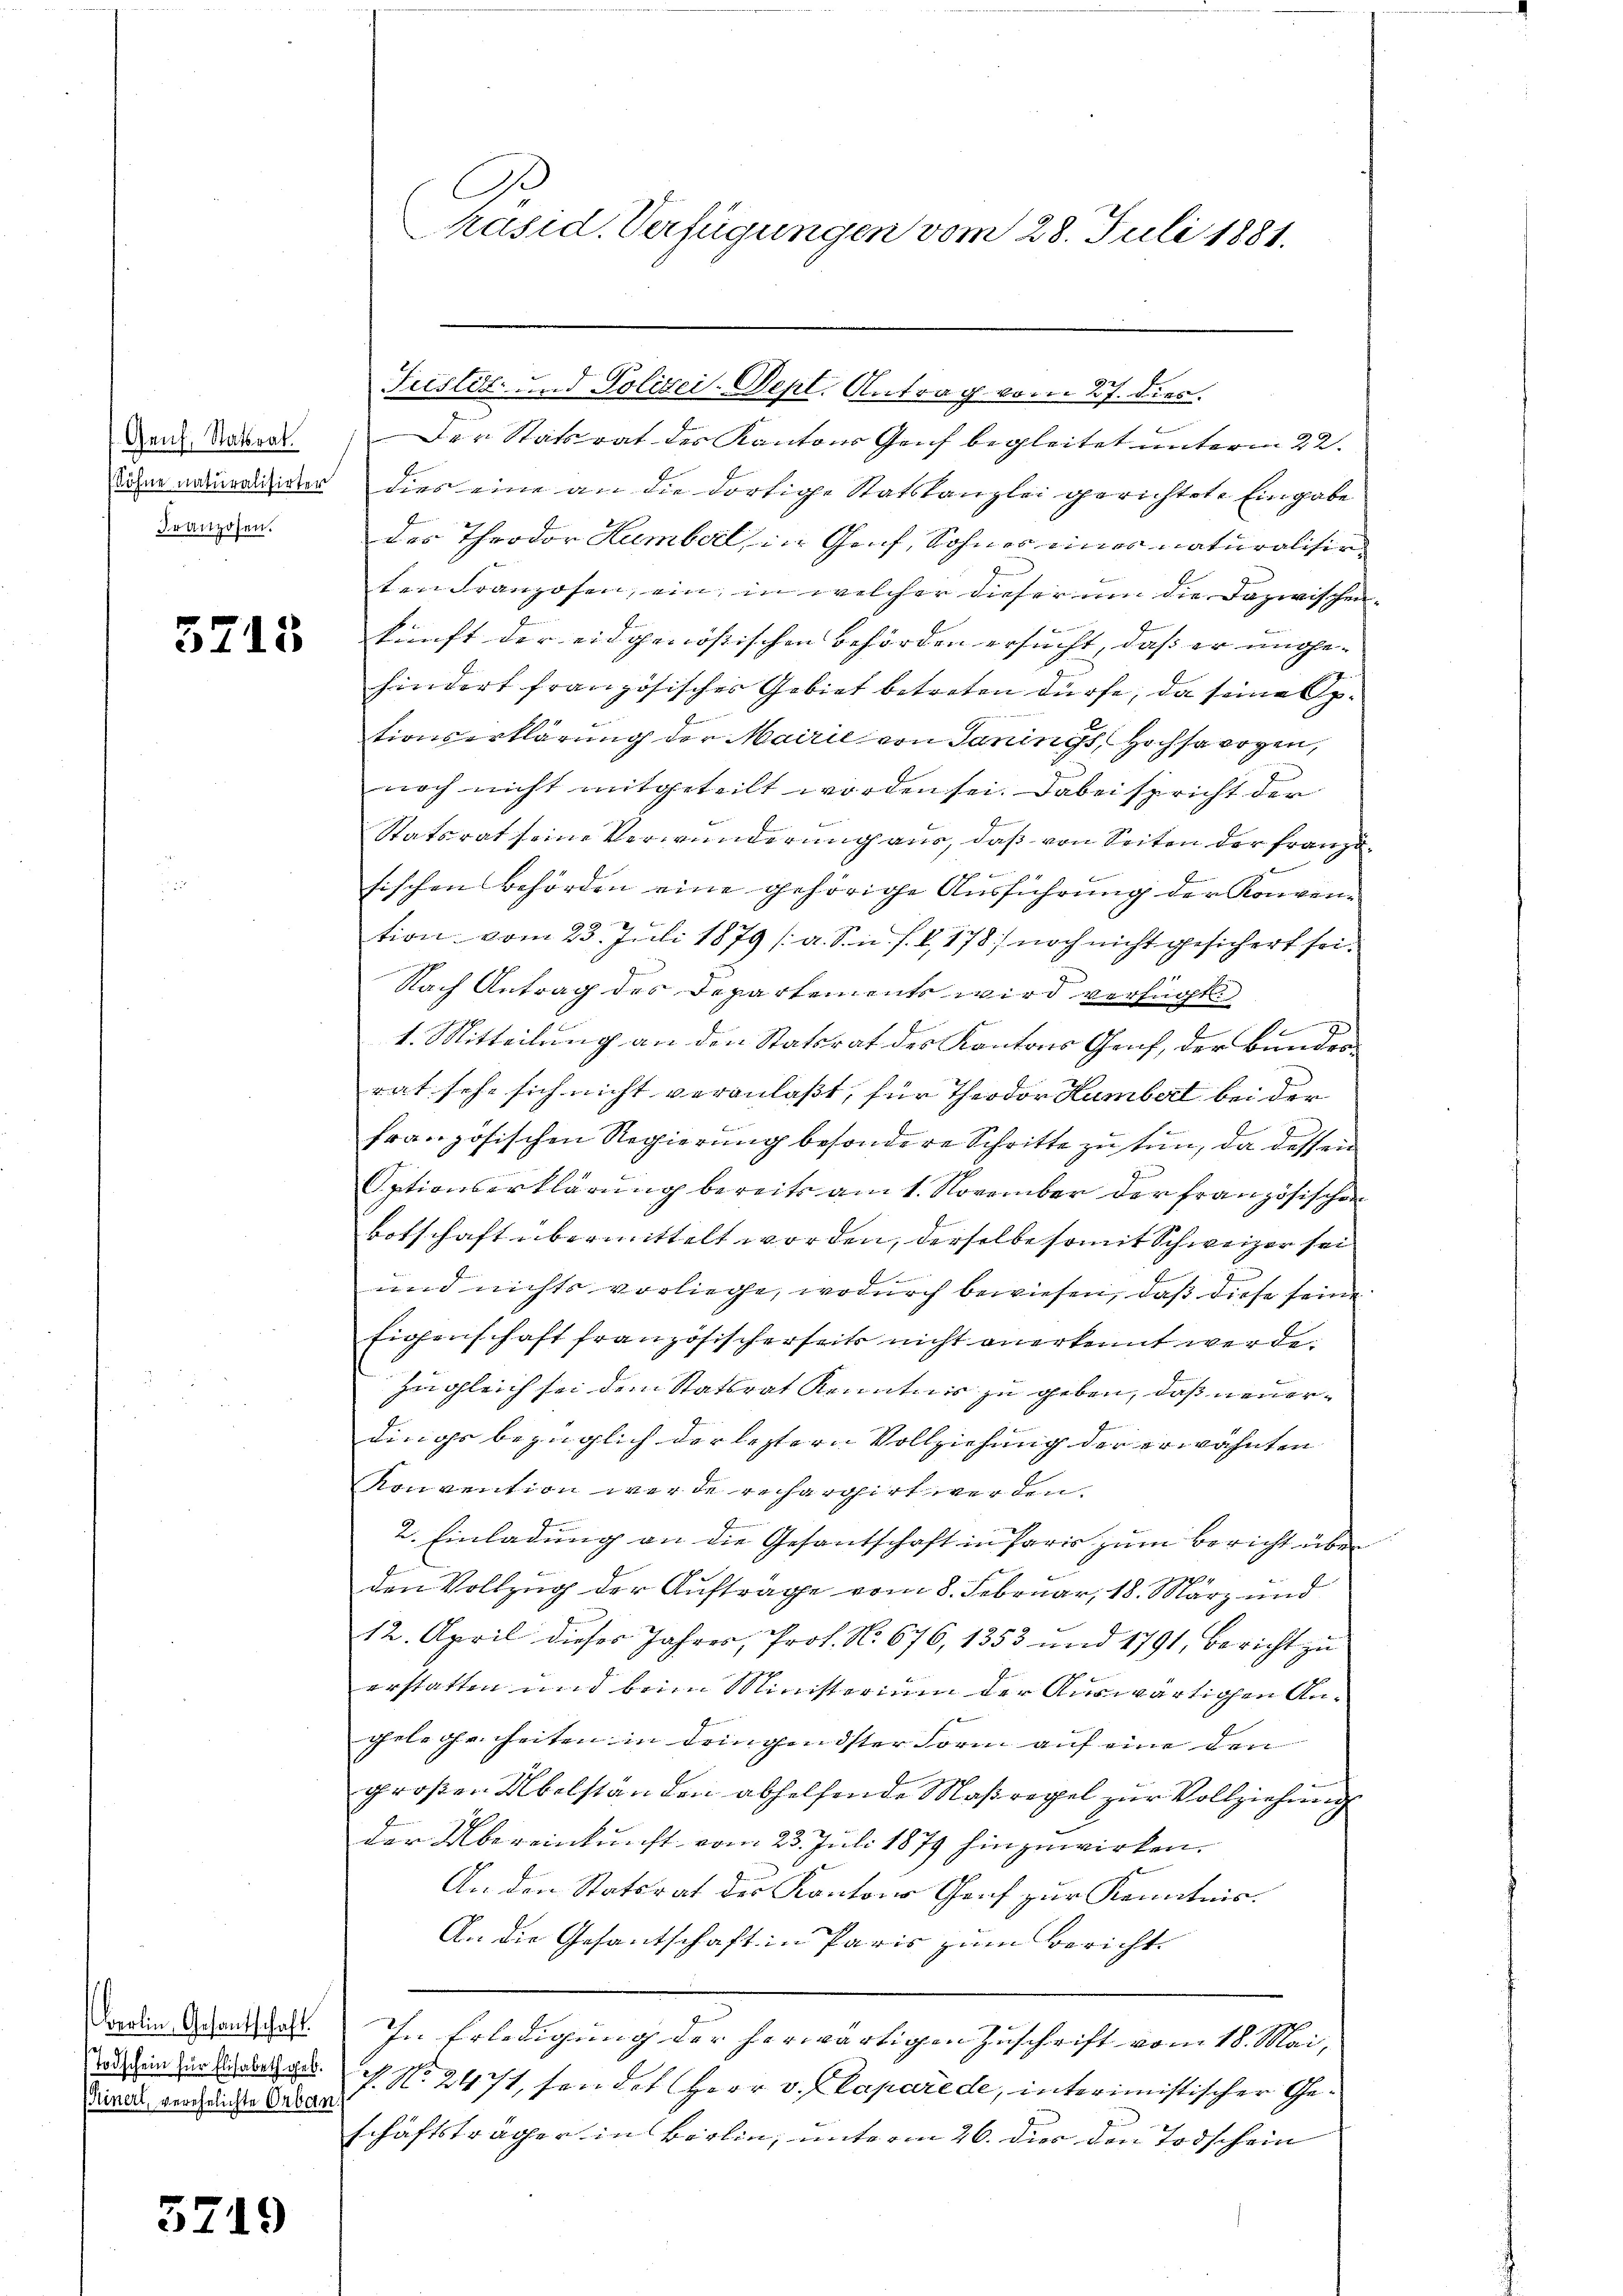
Gauf, Statsrat.
Franzosen.

3715

Berlin, Gesandtschaft.
Todschein für Elisabeth geb.
Kinert, verehelichte Orban

5719

Der Statsrat des Kantons Genf begleitet unterm 22.
sine anderlier dies eine an die dortige Statskanzlei gerichtete Eingabe
des Theodor Humber in Genf, Sohner eines naturalisir
ten Franzosen, ein, in welcher dieser um die Dazwischen-
kunft der eidgenössischen Behörden ersucht, daß er ungehindert französisches Gebiet betreten dürfe, da seine Aptionserklärung der Mairie von Tanincs, Hochsawogen,
noch nicht mitgeteilt worden sei. Dabei spricht der
Statsrat seine Verwunderung aus, daß von Seiten der franz¬
 2
b
sischen Behörden eine gehörige Ausführung der Konvention vom 23. Juli 1879 (a. Sn. f. 2, 178) noch nicht gesichert sei.
Nach Antrag des Departements wird verfügt:
2
e
1. Mitteilung an den Statsrat des Kantons Genf, der Bundesrat sehe sich nicht veranlaßt, für Theodor Humbert bei der
französischen Regierung besondere Schritte zu tun, da dessen
Optionserklärung bereits am 1. November der Französischen
Botschaft übermittelt worden, derselbe somit Schweizer sei
2
f
und nichts vorliege, wodurch bewiesen, daß diese seine
Eigenschaft französischerseits nicht anerkennt werde.
zugleich sei dem Stattrat Kenntnis zu geben, daß neuerdings bezüglich der letztern Vollziehung der erwähnten
Konvention werde rechargirt werden.
2. Einladung an die Gesantschaft in Paris zum Bericht über
den Vollzug der Aufträge vom 8. Februar, 18. März und
12. April dieser Jahres, Prof. No. 676, 1353 und 1791, Bericht zu
erstatten und beim Ministerium der Auswärtigen Angelegenheiten in dringendster Form auf eine den
großen Übelständen abhelfende Maßregel zur Vollziehung
der Übereinkunft vom 23. Juli 1879 hinzuwirken.
An den Statsrat des Kantons Genf zur Kenntnis.
An die Gesantschaft in Paris zum Bericht
In Erledigung der herwärtigen Zuschrift vom 18. Mai,
P. No. 24771, sendet Herr v. Plaparede, interimistischer Geschäftsträger in Berlin, unterm 26. dies den Todschein

C
Präsid. Verfügungen vom 28. Juli 1881.

Justiz- und Polizei-Pepl. Antrag vom 27. dies.